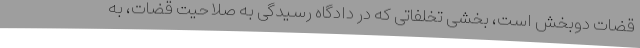
قضات دوبخش است، بخشی تخلفاتی که در دادگاه رسیدگی به صلاحیت قضات، به